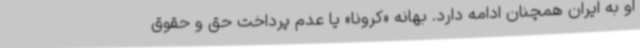
او به ایران همچنان ادامه دارد. بهانه «کرونا» یا عدم پرداخت حق و حقوق